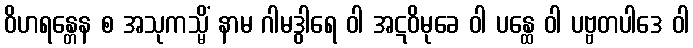
ဝိဟရန္တေန စ အသုကသ္မိံ နာမ ဂါမဒွါရေ ဝါ အဋဝိမုခေ ဝါ ပန္ထေ ဝါ ပဗ္ဗတပါဒေ ဝါ